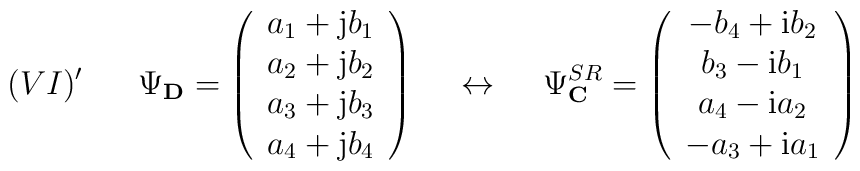
(VI)' \hspace{7mm} \Psi_{\bf D} =\left(\begin{array}{c}a_1 +{\rm j}b_1  \\a_2 +{\rm j}b_2  \\a_3 +{\rm j}b_3 \\a_4 +{\rm j}b_4\end{array}\right) \hspace{5mm} \leftrightarrow \hspace{5mm}\Psi^{SR}_{\bf C} =\left(\begin{array}{c}-b_4+{\rm i}b_2 \\b_3-{\rm i}b_1 \\a_4-{\rm i}a_2 \\-a_3+{\rm i}a_1\end{array}\right)